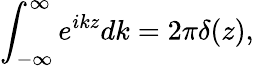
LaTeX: \int_{-\infty}^{\infty}e^{ikz}dk=2\pi\delta(z),